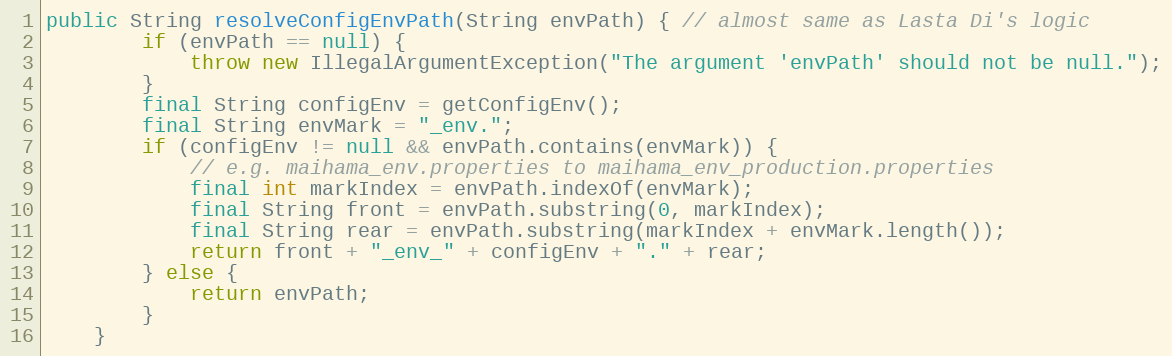
Language: Java
public String resolveConfigEnvPath(String envPath) { // almost same as Lasta Di's logic
        if (envPath == null) {
            throw new IllegalArgumentException("The argument 'envPath' should not be null.");
        }
        final String configEnv = getConfigEnv();
        final String envMark = "_env.";
        if (configEnv != null && envPath.contains(envMark)) {
            // e.g. maihama_env.properties to maihama_env_production.properties
            final int markIndex = envPath.indexOf(envMark);
            final String front = envPath.substring(0, markIndex);
            final String rear = envPath.substring(markIndex + envMark.length());
            return front + "_env_" + configEnv + "." + rear;
        } else {
            return envPath;
        }
    }